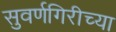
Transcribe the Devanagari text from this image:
सुवर्णगिरीच्या